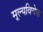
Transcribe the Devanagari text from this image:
मूल्यविवेक